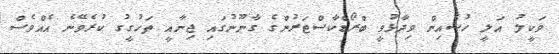
ވަކީލު އަލީ ހުސެއިން ވިދާޅުވީ ބްރޯޑްކާސްޓަރުންގެ ގާނޫނުގައި ޖިނާއީ ތަހުގީގު ކުރެވޭނެ އެއްވެސް